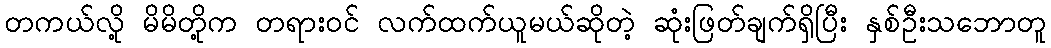
တကယ်လို့ မိမိတို့က တရားဝင် လက်ထက်ယူမယ်ဆိုတဲ့ ဆုံးဖြတ်ချက်ရှိပြီး နှစ်ဦးသဘောတူ